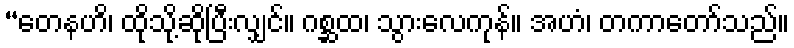
“တေနဟိ၊ ထိုသို့ဆိုပြီးလျှင်။ ဂစ္ဆထ၊ သွားလေကုန်။ အဟံ၊ တကာတော်သည်။